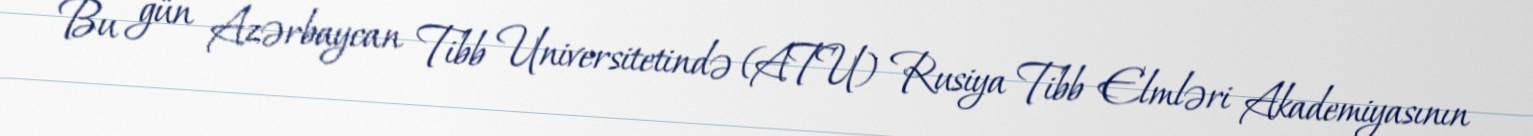
Bu gün Azərbaycan Tibb Universitetində (ATU) Rusiya Tibb Elmləri Akademiyasının